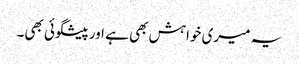
یہ میری خواہش بھی ہے اور پیشگوئی بھی۔